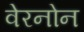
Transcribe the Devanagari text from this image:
वेरनोन